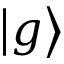
\left| g \right\rangle